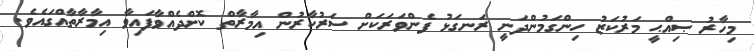
މިހާރު ޞިއްޙީ މަރުކަޒު ހިންގަމުންދަނީ ރަނގަޅު ފެންވަރަކަށް ސަރުކާރުން އިމާރާތް ކޮށްދެއްވާފައިވާ އިމާރާތާއްގައެވެ.